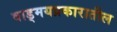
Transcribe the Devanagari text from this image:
वाड्मयप्रकारातील